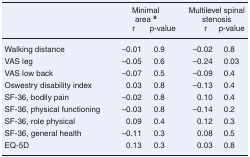
|  | <COLSPAN=2> Minimal area a | <COLSPAN=2> Multilevel spinal stenosis |
 |  | r | p-value | r | p-value |
 | --- | --- | --- | --- | --- |
 | Walking distance | –0.01 | 0.9 | –0.02 | 0.8 |
 | VAS leg | –0.05 | 0.6 | –0.24 | 0.03 |
 | VAS low back | –0.07 | 0.5 | –0.09 | 0.4 |
 | Oswestry disability index | 0.03 | 0.8 | –0.13 | 0.4 |
 | SF-36, bodily pain | –0.02 | 0.8 | 0.10 | 0.4 |
 | SF-36, physical functioning | –0.03 | 0.8 | –0.14 | 0.2 |
 | SF-36, role physical | 0.09 | 0.4 | 0.12 | 0.3 |
 | SF-36, general health | –0.11 | 0.3 | 0.08 | 0.5 |
 | EQ-5D | 0.13 | 0.3 | 0.03 | 0.8 |